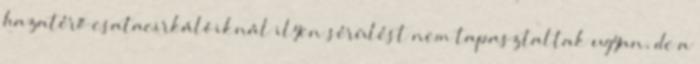
hazatérő csatacirkálóiknál ilyen sérülést nem tapasztaltak ugyan, de a